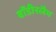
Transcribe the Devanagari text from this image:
बॉडीस्लैम